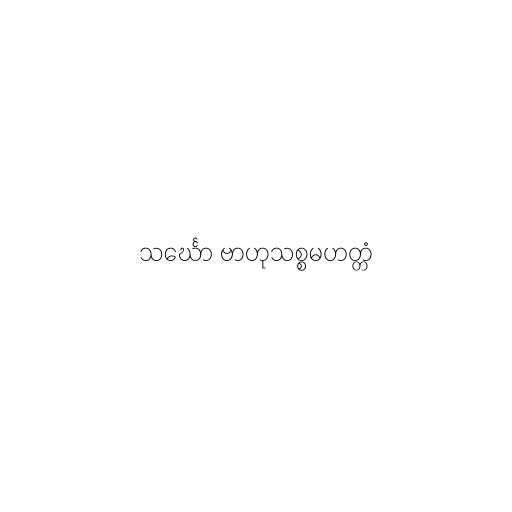
သင်္ဃော ဗာဟုသစ္စမဟတ္တံ